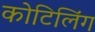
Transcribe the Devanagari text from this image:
कोटिलिंग